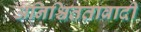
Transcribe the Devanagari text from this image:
अनिश्चिततावादी